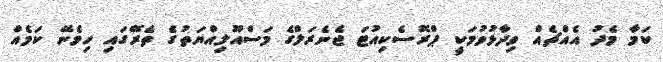
ކަމާ މެދު އެއްޗެއް ވިދާޅުވުމަކީ ޕްރޮސެކިއުޓަ ޖެނެރަލްގެ މަސްއޫލިއްޔަތުގެ ތެރޭގަައި ހިމެނޭ ކަމެއް